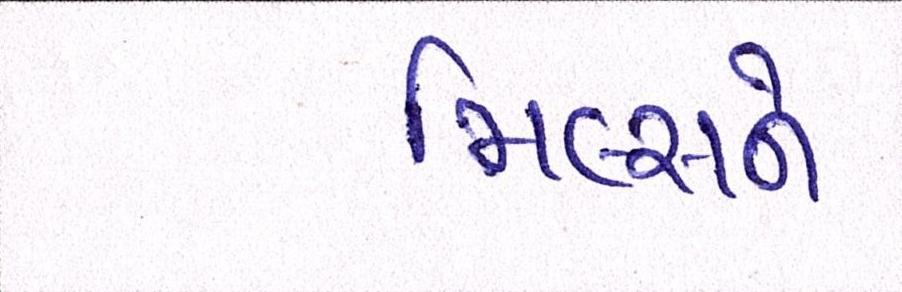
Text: મિલ્સને